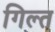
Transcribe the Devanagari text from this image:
गिल्त